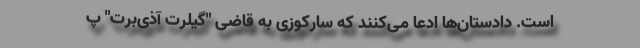
است. دادستان‌ها ادعا می‌کنند که سارکوزی به قاضی "گیلرت آذی‌برت" پ